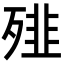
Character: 𩐁